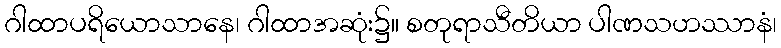
ဂါထာပရိယောသာနေ၊ ဂါထာအဆုံး၌။ စတုရာသီတိယာ ပါဏသဟဿာနံ၊